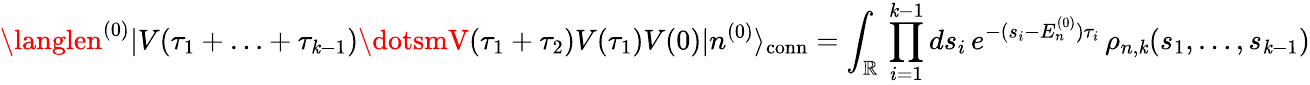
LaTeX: \langlen^{(0)}|V(\tau_{1}+\ldots+\tau_{\mathit{k}-1})\dotsmV(\tau_{1}+\tau_{2})V(\tau_{1})V(0)|n^{(0)}\rangle_{\mathrm{{conn}}}=\int_{\mathbb{{R}}}\, \prod_{i=1}^{\mathit{k}-1}ds_{i}\, e^{-(s_{i}-E_{n}^{(0)})\tau_{i}}\, \rho_{n,\mathit{k}}(s_{1},\ldots,s_{\mathit{k}-1})